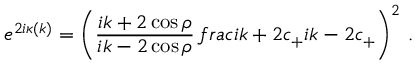
e ^ { 2 i \kappa ( k ) } = \left( \frac { i k + 2 \cos \rho } { i k - 2 \cos \rho } \, f r a c { i k + 2 c _ { + } } { i k - 2 c _ { + } } \right) ^ { 2 } \, .